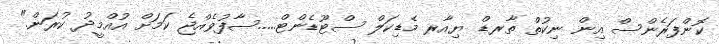
ކޮންފަރެންސް އިން ނިކުތް ތާރޑް ޔިއާރ މެޑިކަލް ސްޓޫޑެންޓް.....ސާފުވެއްޖެ ކަމަށް އުއްމީދު ކުރަން."